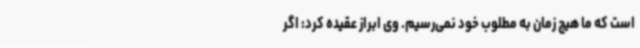
است که ما هیچ زمان به مطلوب خود نمی‌رسیم. وی ابراز عقیده کرد: اگر